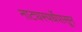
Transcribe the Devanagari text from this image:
नाट्यस्पर्धेपासून